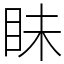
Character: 眛